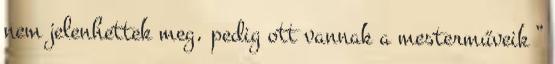
nem jelenhettek meg, pedig ott vannak a mesterműveik ”